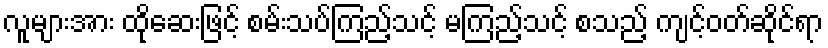
လူများအား ထိုဆေးဖြင့် စမ်းသပ်ကြည့်သင့် မကြည့်သင့် စသည့် ကျင့်ဝတ်ဆိုင်ရာ